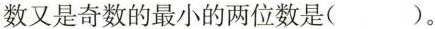
数又是奇数的最小的两位数是( )。